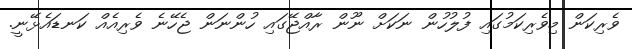
ވެރިކަން މިވެރިކަމުގައި ފުލުހުން ނަކަށް ނޫން ރާއްޖޭގައި ހުންނަން ޖެހޭނެ ވެރިއެއް ކަނޑައެޅޭނީ.